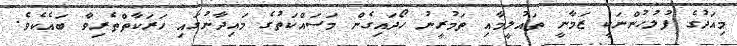
މިއަދުގެ ފުލުހުންނަކީ ޒަމާނީ ތައުލީމާއި ތަމުރީނު ހޯދައިގެން މަސައްކަތުގެ މައިދާނުގައި ހަރަކާތްތެރިވާ ބައެކެވެ.